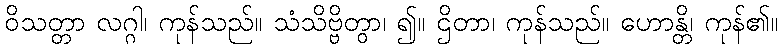
ဝိသတ္တာ လဂ္ဂါ၊ ကုန်သည်။ သံသိဗ္ဗိတွာ၊ ၍။ ဌိတာ၊ ကုန်သည်။ ဟောန္တိ၊ ကုန်၏။